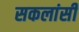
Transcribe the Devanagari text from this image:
सकलांसी